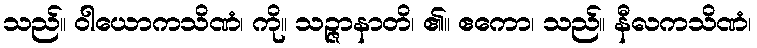
သည်။ ဝါယောကသိဏံ၊ ကို။ သဉ္ဇာနာတိ၊ ၏။ ဧကော၊ သည်။ နီလကသိဏံ၊